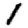
Digit: 1